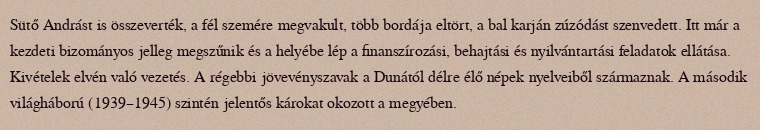
Sütő Andrást is összeverték, a fél szemére megvakult, több bordája eltört, a bal karján zúzódást szenvedett. Itt már a kezdeti bizományos jelleg megszűnik és a helyébe lép a finanszírozási, behajtási és nyilvántartási feladatok ellátása. Kivételek elvén való vezetés. A régebbi jövevényszavak a Dunától délre élő népek nyelveiből származnak. A második világháború (1939–1945) szintén jelentős károkat okozott a megyében.